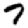
Digit: 7